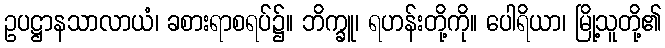
ဥပဋ္ဌာနသာလာယံ၊ ခစားရာစရပ်၌။ ဘိက္ခူ၊ ရဟန်းတို့ကို။ ပေါရိယာ၊ မြို့သူတို့၏